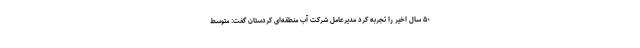
۵۰ سال اخیر را تجربه کرد مدیرعامل شرکت آب منطقه‌ای کردستان گفت: متوسط